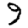
Digit: 9